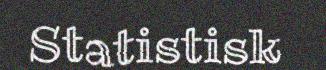
Statistisk